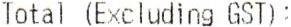
TOTAL (EXCLUDING GST):